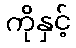
ကိုနှင့်